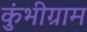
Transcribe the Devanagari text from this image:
कुंभीग्राम